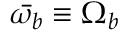
\bar { \omega _ { b } } \equiv \Omega _ { b }